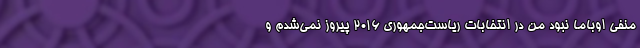
منفی اوباما نبود من در انتخابات ریاست‌جمهوری ۲۰۱۶ پیروز نمی‌شدم و